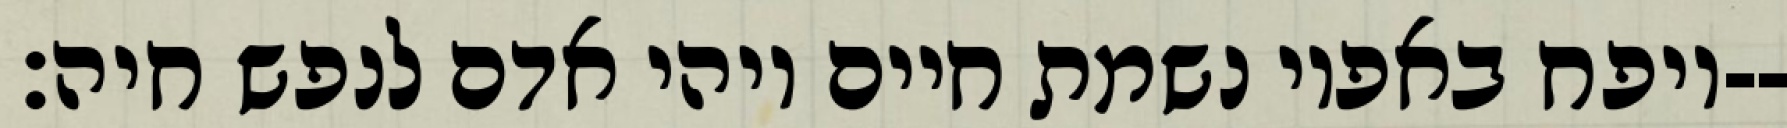
ויפח באפיו נשמת חיים ויהי אדם לנפש חיה׃--